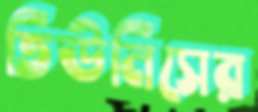
তিউনিসের